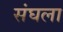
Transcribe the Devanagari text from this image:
संघला